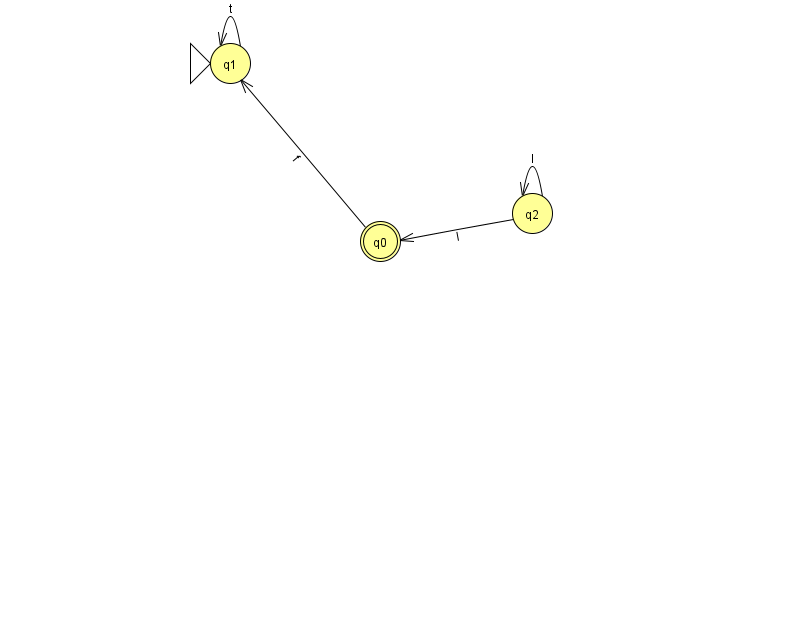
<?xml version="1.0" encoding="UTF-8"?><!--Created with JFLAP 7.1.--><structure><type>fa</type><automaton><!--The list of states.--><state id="0" name="q0"><x>380.0</x><y>228.0</y><final/></state><state id="1" name="q1"><x>230.0</x><y>50.0</y><initial/></state><state id="2" name="q2"><x>532.0</x><y>200.0</y></state><!--The list of transitions.--><transition><from>1</from><to>1</to><read>t</read></transition><transition><from>2</from><to>0</to><read>l</read></transition><transition><from>0</from><to>1</to><read>f</read></transition><transition><from>2</from><to>2</to><read>l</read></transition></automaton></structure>